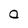
Character: O